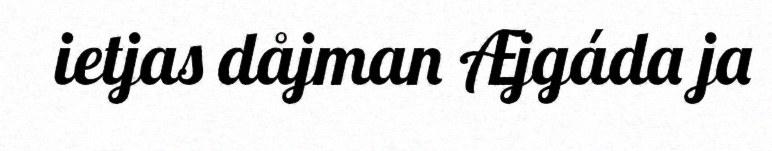
ietjas dåjman Æjgáda ja